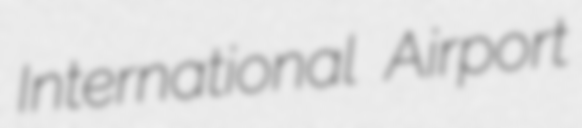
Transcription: International Airport